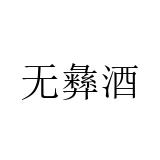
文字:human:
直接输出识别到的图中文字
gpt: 无彝酒